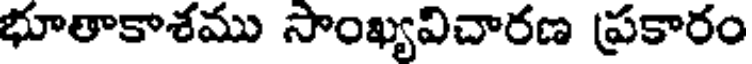
భూతాకాశము సాంఖ్యవిచారణ ప్రకారం